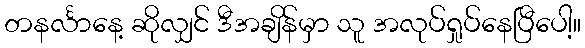
တနင်္လာနေ့ ဆိုလျှင် ဒီအချိန်မှာ သူ အလုပ်ရှုပ်နေပြီပေါ့။